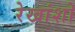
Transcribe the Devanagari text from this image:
रेखांशो